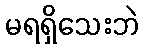
မရရှိသေးဘဲ